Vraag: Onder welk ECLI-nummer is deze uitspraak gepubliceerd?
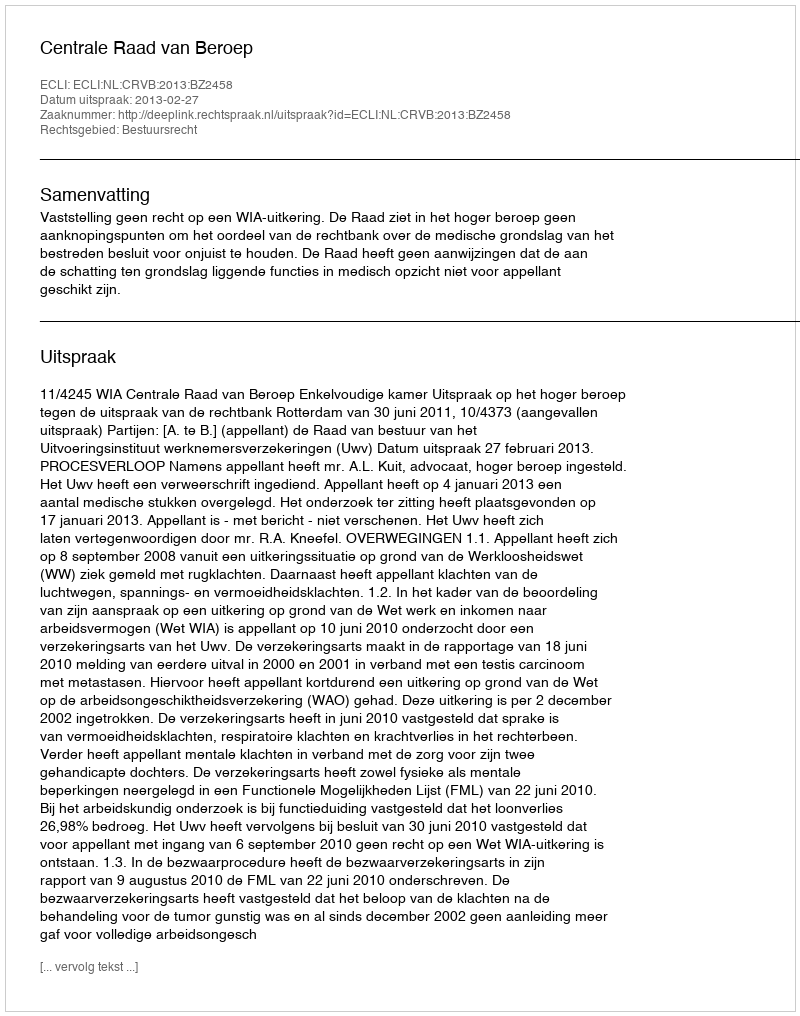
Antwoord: ECLI:NL:CRVB:2013:BZ2458